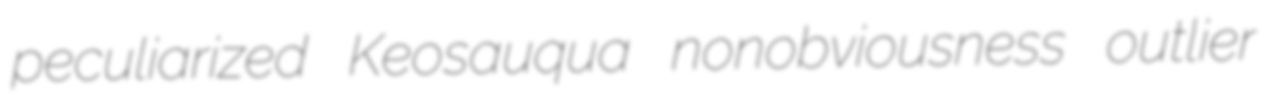
peculiarized Keosauqua nonobviousness outlier